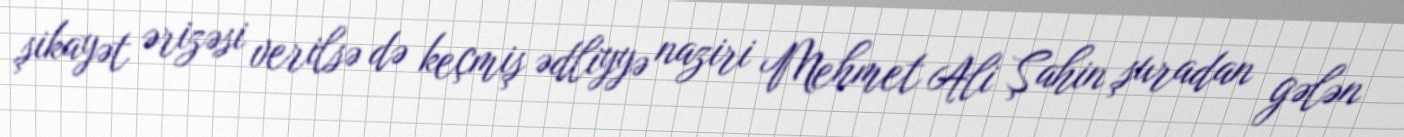
şikayət ərizəsi verilsə də keçmiş ədliyyə naziri Mehmet Ali Şahin şuradan gələn